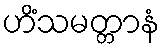
ဟိံသမတ္တာနံ